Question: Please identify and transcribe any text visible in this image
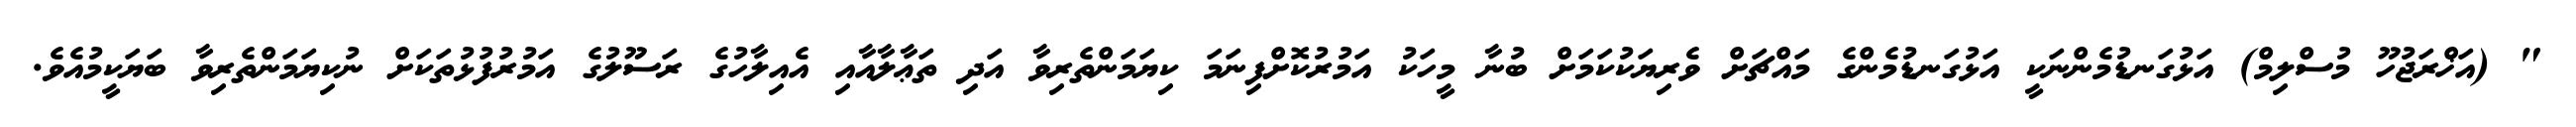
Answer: " (އަޚްރަޖުހޫ މުސްލިމް) އަޅުގަނޑުމެންނަކީ އަޅުގަނޑުމެންގެ މައްޗަށް ވެރިޔަކުކަމަށް ބުނާ މީހަކު އަމުރުކޮށްފިނަމަ ކިޔަމަންތެރިވާ އަދި ތަޢާލާއާއި އެއިލާހުގެ ރަސޫލުގެ އަމުރުފުޅުތަކަށް ނުކިޔަމަންތެރިވާ ބަޔަކީމުއެވެ.